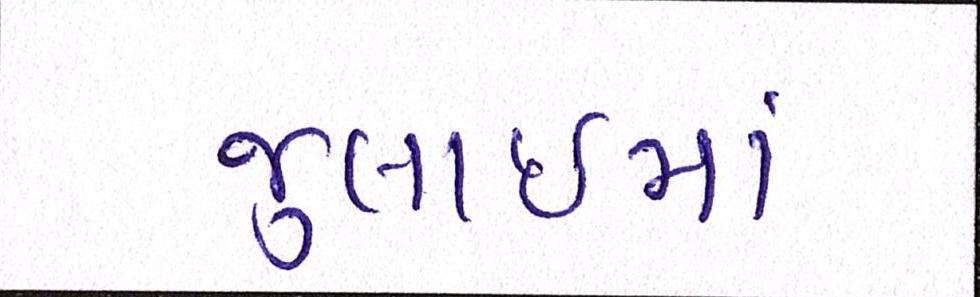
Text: જુલાઇમાં